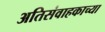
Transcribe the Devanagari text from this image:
अतिसंवाहकाच्या